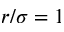
r / \sigma = 1